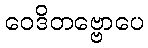
ဝေဒိတဗ္ဗောပေ